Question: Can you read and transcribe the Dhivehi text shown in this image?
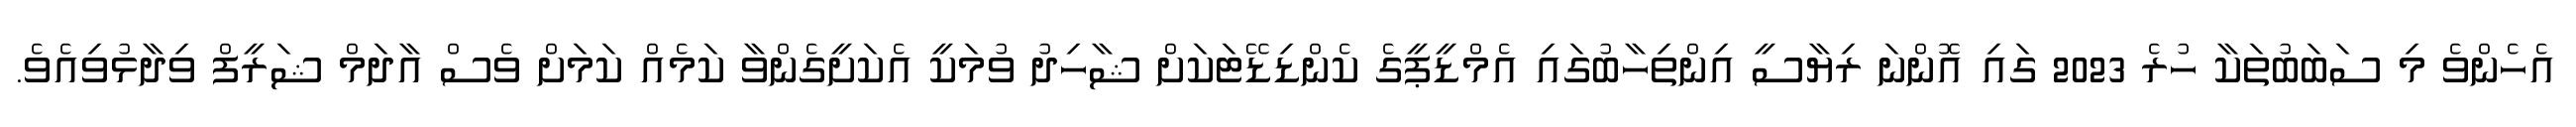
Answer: އެހެންވެ މި ސަބަބުތަކާ ހުރެ 2023 ގައި އޮންނަ ރިޔާސީ އިންތިހާބުގައި އެމްޑީޕީގެ ކެންޑިޑޭޓަކަށް ޝާހިދު ވުމަކީ އެކަށީގެންވާ ކަމެއް ކަމަށް ވެސް އާދަމް ޝަރީފް ވިދާޅުވިއެވެ.